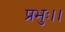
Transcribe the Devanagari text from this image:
प्रभुः।।